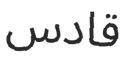
قادس